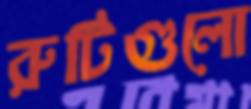
রুটিগুলো